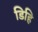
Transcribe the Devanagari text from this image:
डिहि